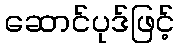
ဆောင်ပုဒ်ဖြင့်